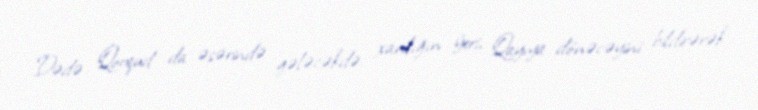
Dədə Qorqud da əsərində gələcəkdə xanlığın ýeri, Qayıya dönəcəyini bildirərək